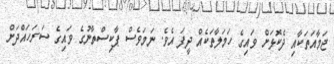
ޖަމާއަތަކާއި ދެކޮޅަށް ވައިގެ ހަމަލާތަކެއް ދީފަ އެވެ. ނަމަވެސް ޕާކިސްތާނުގެ ވައިގެ ސަރަހައްދަށް